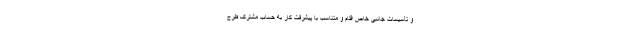
و تأسیسات جانبی خاص اقدام و متناسب با پیشرفت کار به حساب مشترک طرح